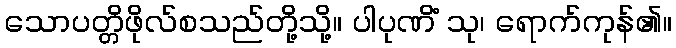
သောပတ္တိဖိုလ်စသည်တို့သို့။ ပါပုဏိံ သု၊ ရောက်ကုန်၏။